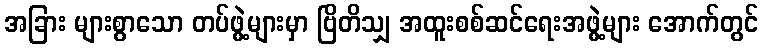
အခြား များစွာသော တပ်ဖွဲ့များမှာ ဗြိတိသျှ အထူးစစ်ဆင်ရေးအဖွဲ့များ အောက်တွင်